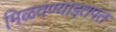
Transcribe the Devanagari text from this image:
मिळवण्याइतपत